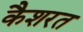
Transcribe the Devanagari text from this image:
कैशरत